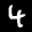
Label: 4